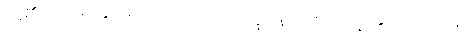
တို့၏။ ပေ။ ဉတွာ၊ ၍။ တဿေဝ ဘိက္ခုနော၊ ထိုရဟန်း၏ပင်။ (တုယှံ